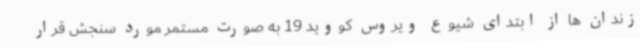
زندان ها از ابتدای شیوع ویروس کووید 19 به صورت مستمر مورد سنجش قرار